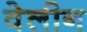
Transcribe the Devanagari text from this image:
वेलीन